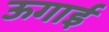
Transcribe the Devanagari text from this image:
ऊगाई